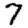
Digit: 7